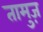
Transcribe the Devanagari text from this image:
तामुज़